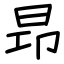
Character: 昻